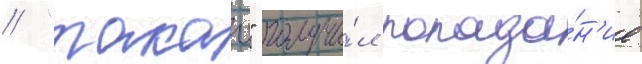
// "такао" получи́л попада́н'ие